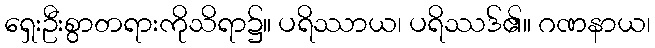
ရှေးဦးစွာတရားကိုသိရာ၌။ ပရိဿာယ၊ ပရိဿဒ်၏။ ဂဏနာယ၊